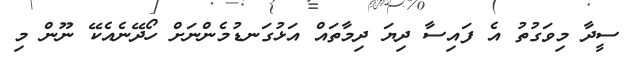
ސީދާ މިވަގުތު އެ ފައިސާ ދިޔަ ދިމާތައް އަޅުގަނޑުމެންނަށް ހޯދޭނެއެކޭ ނޫން މި